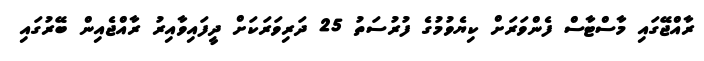
ރާއްޖޭގައި މާސްޓާސް ފެންވަރަށް ކިޔެވުމުގެ ފުރުސަތު 25 ދަރިވަރަކަށް ދީފައިވާއިރު ރާއްޖެއިން ބޭރުގައި